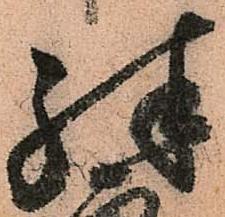
殊